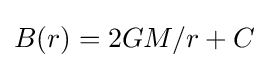
B(r)=2GM/r+C